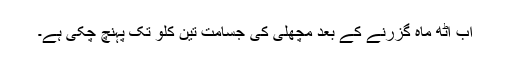
اب آٹھ ماہ گزرنے کے بعد مچھلی کی جسامت تین کلو تک پہنچ چکی ہے۔